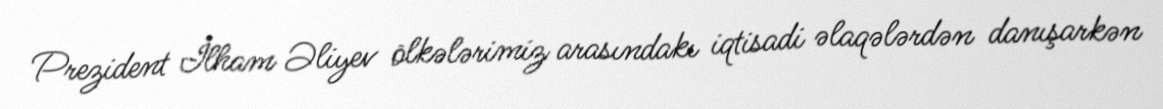
Prezident İlham Əliyev ölkələrimiz arasındakı iqtisadi əlaqələrdən danışarkən